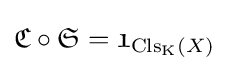
{\mathfrak {C}}\circ {\mathfrak {S}}={\mathfrak {1}}_{\mathrm {Cls} _{\text{K}}(X)}